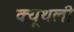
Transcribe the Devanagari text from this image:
क्यूथली